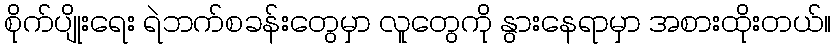
စိုက်ပျိုးရေး ရဲဘက်စခန်းတွေမှာ လူတွေကို နွားနေရာမှာ အစားထိုးတယ်။